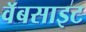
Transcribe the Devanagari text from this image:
वॅबसाइट